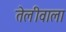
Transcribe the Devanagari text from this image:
तेलीवाला